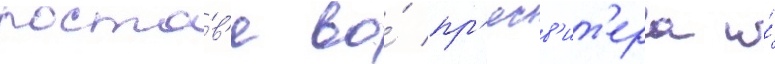
росто́в'е во́ пр'есв'ит'ера и́